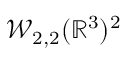
\mathcal { W } _ { 2 , 2 } ( \mathbb { R } ^ { 3 } ) ^ { 2 }